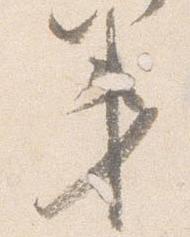
第